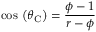
\cos \, \left( \theta _ { \mathrm { C } } \right) = { \frac { \phi - 1 } { r - \phi } }